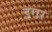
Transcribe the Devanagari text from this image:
इगर